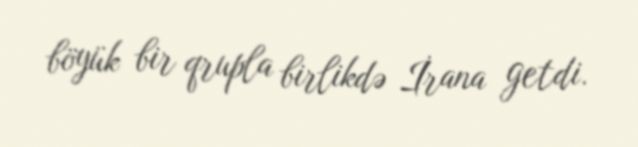
böyük bir qrupla birlikdə İrana getdi.